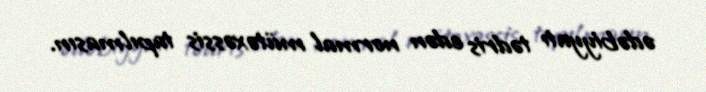
ədəbiyyatı tədris edən normal mütəxəssis tapılmasın.